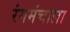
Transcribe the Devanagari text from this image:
रंगमंचाला